Vaccination in Bombay 1863-1868 - 1863-1868
Year: 1863
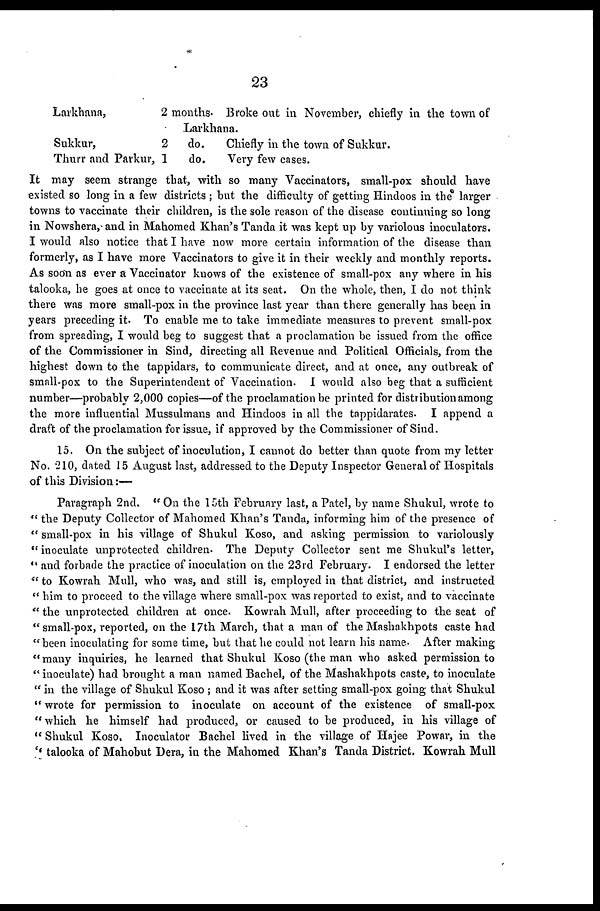
23
Larkhana,
Sukkur,
Thurr and Parkur,
2
2
1
months. Broke out in November, chiefly in the town of
Larkhana.
do.
Chiefly in the town of Sukkur.
do.
Very few cases.
It may seem strange that, with so many Vaccinators, small-pox should have
existed so long in a few districts ; but the difficulty of getting Hindoos in the larger
towns to vaccinate their children, is the sole reason of the disease continuing so long
in Nowshera, and in Mahomed Khan's Tanda it was kept up by variolous inoculators.
I would also notice that I have now more certain information of the disease than
formerly, as I have more Vaccinators to give it in their weekly and monthly reports.
As soon as ever a Vaccinator knows of the existence of small-pox any where in his
talooka, he goes at once to vaccinate at its seat. On the whole, then, I do not think
there was more small-pox in the province last year than there generally has been in
years preceding it. To enable me to take immediate measures to prevent small-pox
from spreading, I would beg to suggest that a proclamation be issued from the office
of the Commissioner in Sind, directing all Revenue and Political Officials, from the
highest down to the tappidars, to communicate direct, and at once, any outbreak of
small-pox to the Superintendent of Vaccination. I would also beg that a sufficient
number—probably 2,000 copies—of the proclamation be printed for distribution among
the more influential Mussulmans and Hindoos in all the tappidarates. I append a
draft of the proclamation for issue, if approved by the Commissioner of Sind.
15. On the subject of inoculution, I cannot do better than quote from my letter
No. 210, dated 15 August last, addressed to the Deputy Inspector General of Hospitals
of this Division:—
Paragraph 2nd. " On the 15th February last, a Patel, by name Shukul, wrote to
" the Deputy Collector of Mahomed Khan's Tanda, informing him of the presence of
" small-pox in his village of Shukul Koso, and asking permission to variolously
" inoculate unprotected children. The Deputy Collector sent me Shukul's letter,
" and forbade the practice of inoculation on the 23rd February. I endorsed the letter
" to Kowrah Mull, who was, and still is, employed in that district, and instructed
" him to proceed to the village where small-pox was reported to exist, and to vaccinate
" the unprotected children at once. Kowrah Mull, after proceeding to the seat of
"small-pox, reported, on the 17th March, that a man of the Mashakhpots caste had
"been inoculating for some time, but that he could not learn his name. After making
"many inquiries, he learned that Shukul Koso (the man who asked permission to
" inoculate) had brought a man named Bachel, of the Mashakhpots caste, to inoculate
" in the village of Shukul Koso ; and it was after setting small-pox going that Shukul
" wrote for permission to inoculate on account of the existence of small-pox
"which he himself had produced, or caused to be produced, in his village of
" Shukul Koso, Inoculator Bachel lived in the village of Hajee Powar, in the
" talooka of Mahobut Dera, in the Mahomed Khan's Tanda District. Kowrah Mull